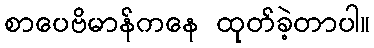
စာပေဗိမာန်ကနေ ထုတ်ခဲ့တာပါ။